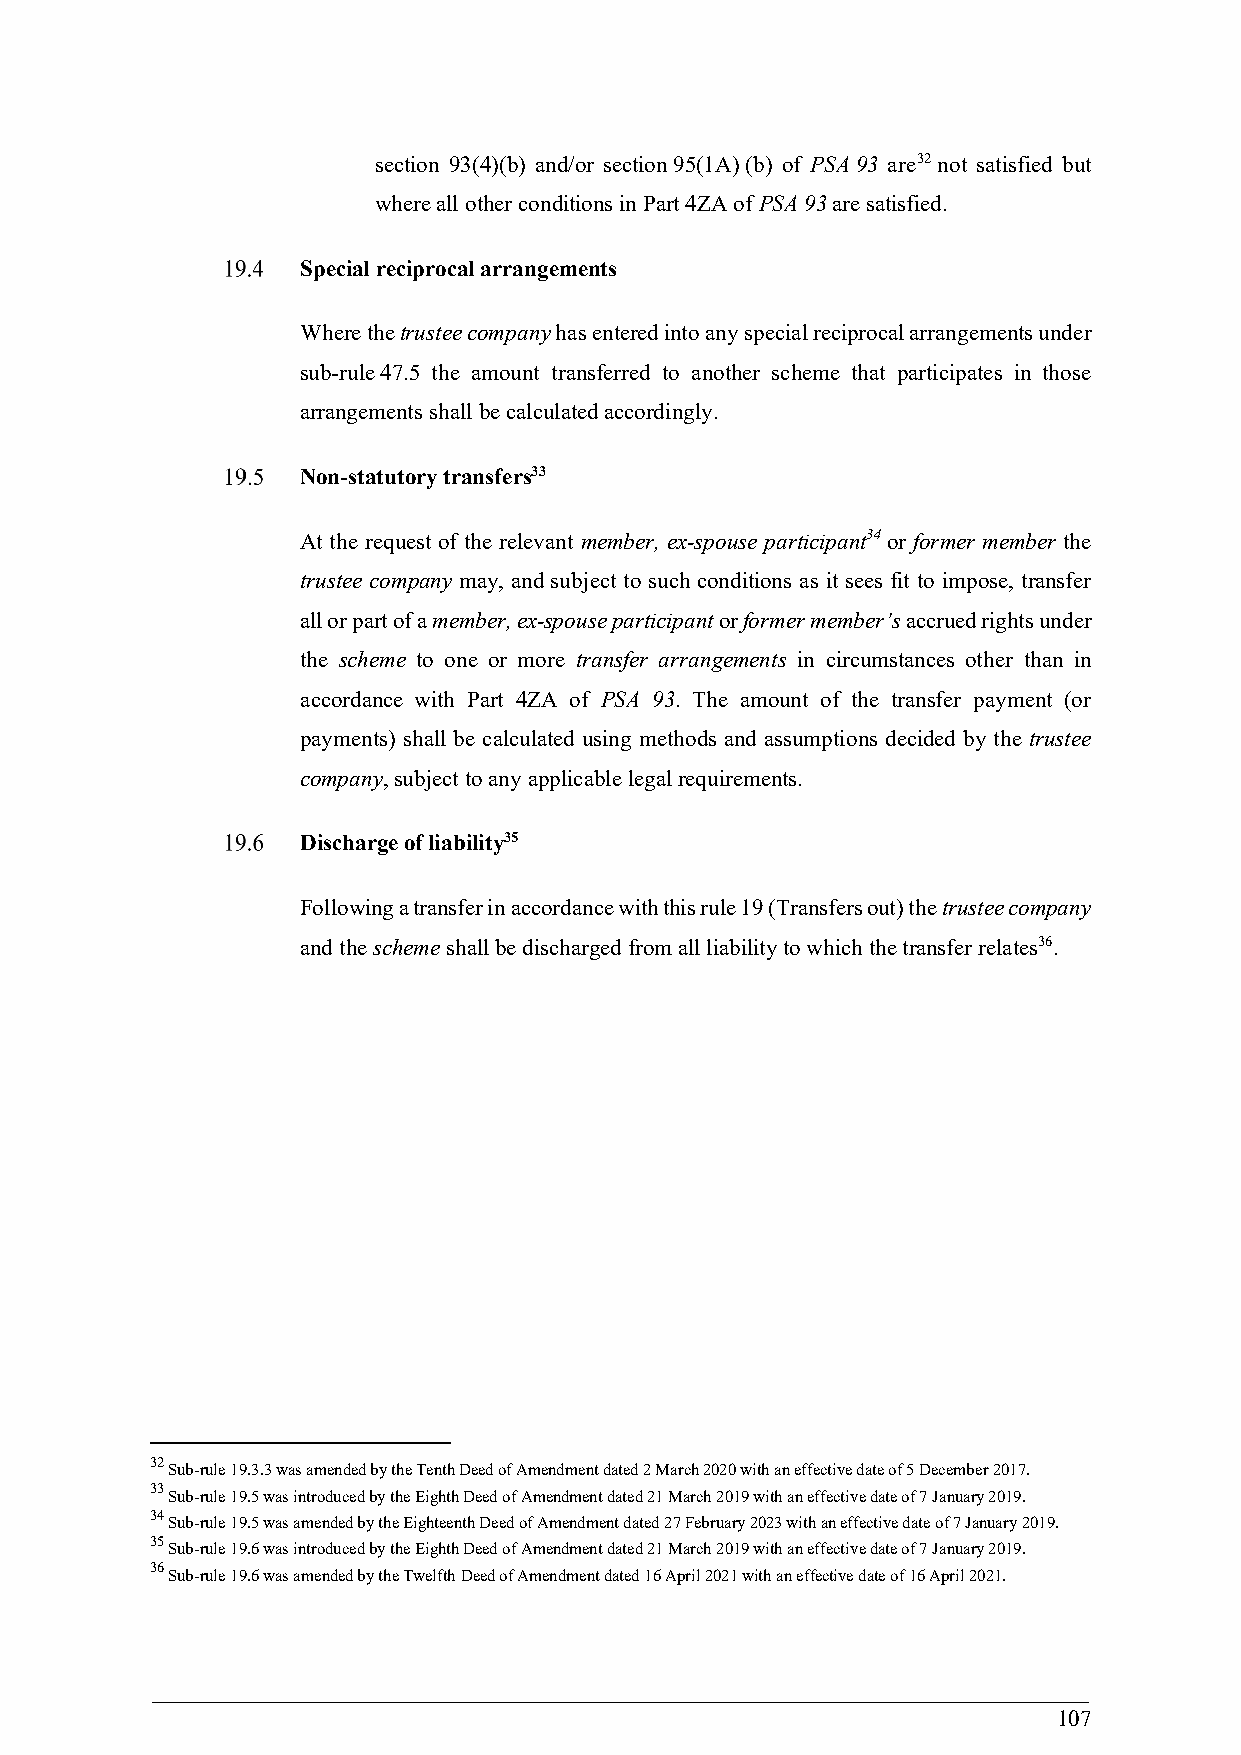
section 93(4)(b) and/or section 95(1A) (b) of PSA 93 are32 not satisfied but
 where all other conditions in Part 4ZA of PSA 93 are satisfied.
 Special reciprocal arrangements
 Where the trustee company has entered into any special reciprocal arrangements under
 sub-rule 47.5 the amount transferred to another scheme that participates in those
 arrangements shall be calculated accordingly.
 Non-statutory transfers33
 At the request of the relevant member, ex-spouse participant34 or former member the
 trustee company may, and subject to such conditions as it sees fit to impose, transfer
 all or part of a member, ex-spouse participant or former member’s accrued rights under
 the scheme to one or more transfer arrangements in circumstances other than in
 accordance with Part 4ZA of PSA 93. The amount of the transfer payment (or
 payments) shall be calculated using methods and assumptions decided by the trustee
 company, subject to any applicable legal requirements.
 Discharge of liability35
 Following a transfer in accordance with this rule 19 (Transfers out) the trustee company
 and the scheme shall be discharged from all liability to which the transfer relates36.
 32
 Sub-rule 19.3.3 was amended by the Tenth Deed of Amendment dated 2 March 2020 with an effective date of 5 December 2017.
 33
 Sub-rule 19.5 was introduced by the Eighth Deed of Amendment dated 21 March 2019 with an effective date of 7 January 2019.
 34
 Sub-rule 19.5 was amended by the Eighteenth Deed of Amendment dated 27 February 2023 with an effective date of 7 January 2019.
 35
 Sub-rule 19.6 was introduced by the Eighth Deed of Amendment dated 21 March 2019 with an effective date of 7 January 2019.
 36
 Sub-rule 19.6 was amended by the Twelfth Deed of Amendment dated 16 April 2021 with an effective date of 16 April 2021.
 107